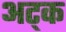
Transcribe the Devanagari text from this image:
अट्क